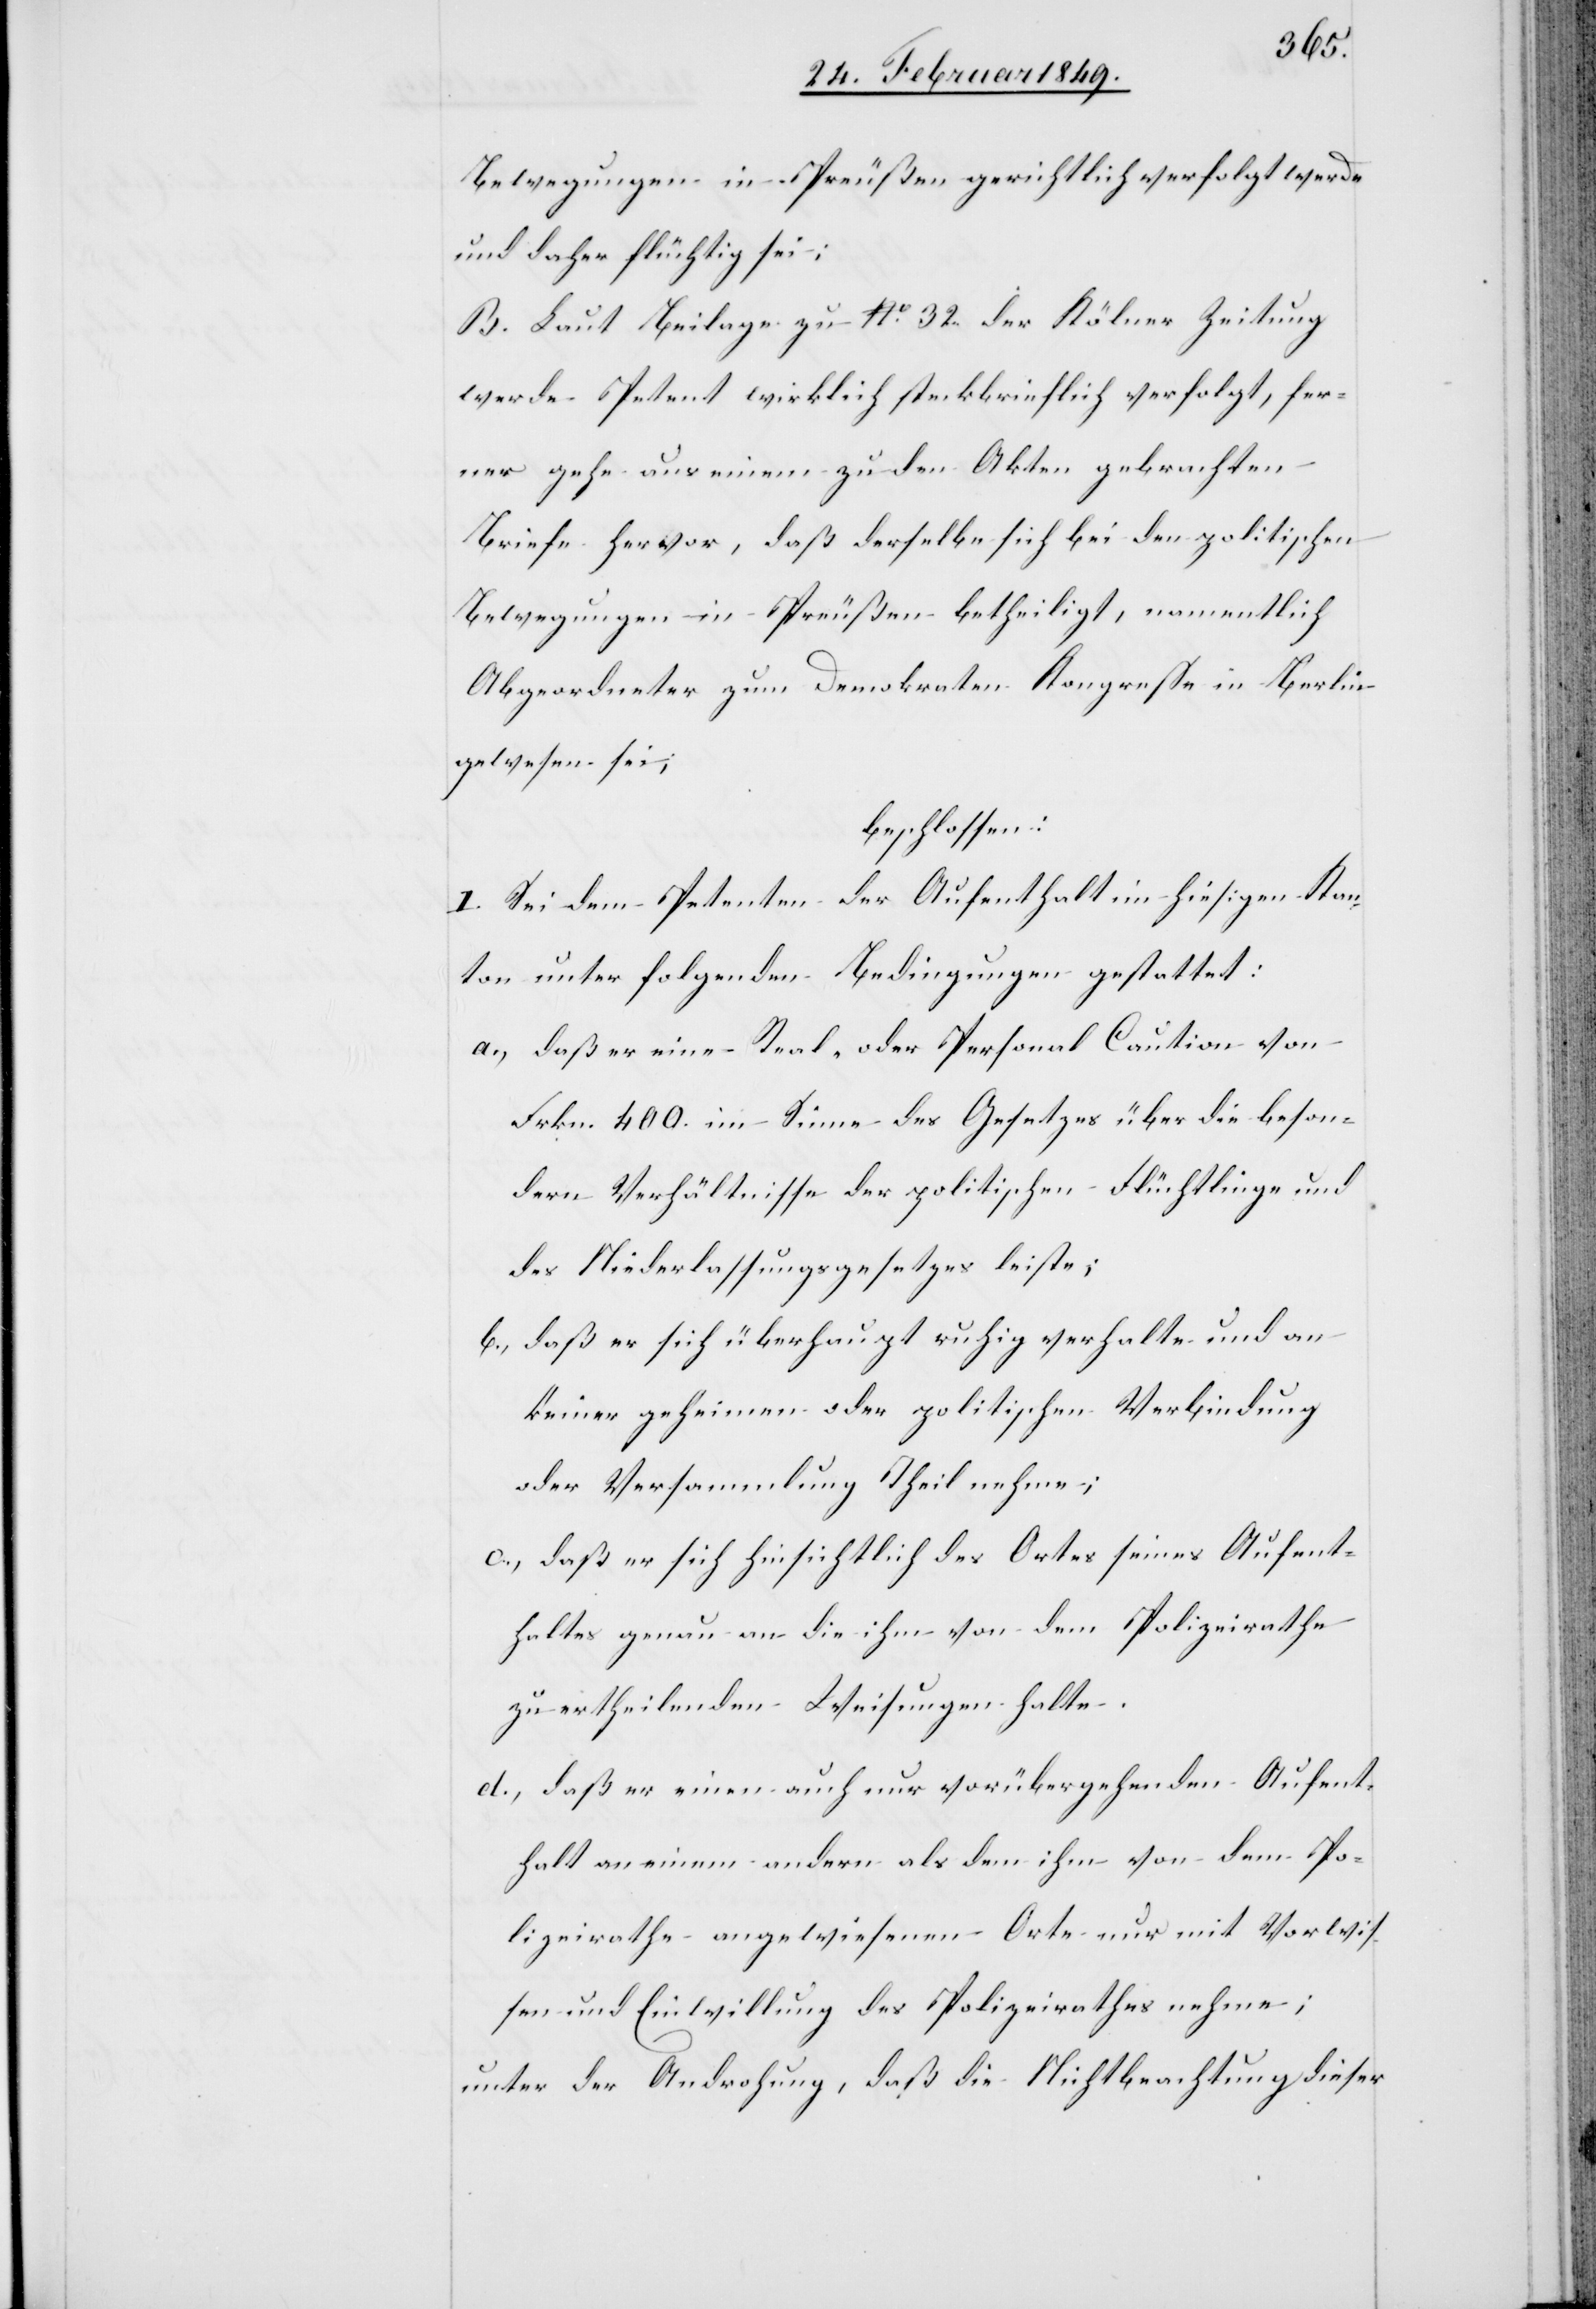
Bewegungen in Preußen gerichtlich verfolgt werde
und daher flüchtig sei;
B. Laut Beilage zu No. 32. der Kölner Zeitung
werde Petent wirklich steckbrieflich verfolgt, fer¬
ner gehe aus einem zu den Akten gebrachten
Briefe hervor, daß derselbe sich bei den politischen
Bewegungen in Preußen betheiligt, namentlich
Abgeordneter zum Demokraten Kongresse in Berlin
gewesen sei;
beschlossen:
I. Sei dem Petenten der Aufenthalt im hiesigen Kan¬
ton unter folgenden Bedingungen gestattet:
a., daß er eine Real- oder Personal Caution von
Frkn. 400. im Sinne des Gesetzes über die beson¬
dern Verhältnisse der politischen Flüchtlinge und
des Niederlassungsgesetzes leiste;
b., daß er sich überhaupt ruhig verhalte und an
keiner geheimen oder politischen Verbindung
oder Versammlung Theil nehme;
c., daß er sich hinsichtlich des Ortes seines Aufent¬
haltes genau an die ihm von dem Polizeirathe
zu ertheilenden Weisungen halte;.
d., daß er einen auch nur vorübergehenden Aufent¬
halt an einem andern als dem ihm von dem Po¬
lizeirathe angewiesenen Orte nur mit Vorwis¬
sen und Einwilligung des Polizeirathes nehme;
unter der Androhung, daß die Nichtbeachtung dieser